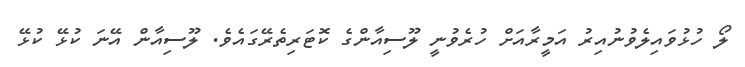
ލޯ ހުޅުވައިލެވުނުއިރު އަމީރާއަށް ހުރެވުނީ ލޫސިއާންގެ ކޮޓަރިތެރޭގައެވެ. ލޫސިއާން އޭނަ ކުޅޭ ކުޅޭ